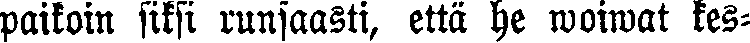
paikoin siksi runsaasti, että he woiwat kes-